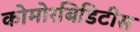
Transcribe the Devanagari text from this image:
कोमोरबिडिटीस